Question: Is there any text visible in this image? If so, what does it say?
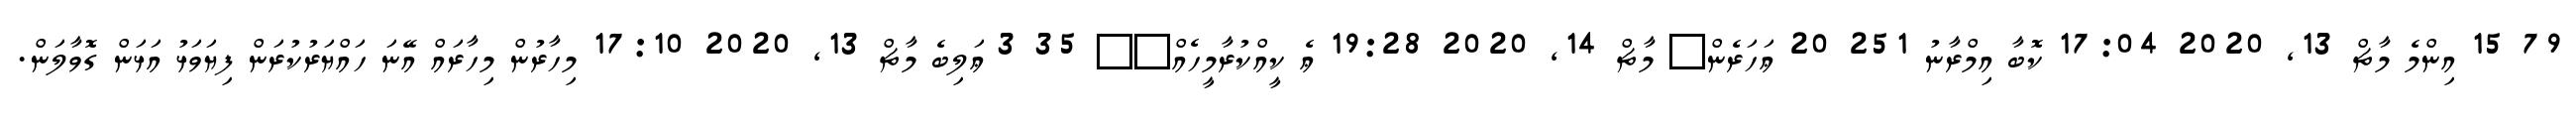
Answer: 79 15 އިންމެ މާޗް 13, 2020 17:04 ކޮބާ އިމްރާނު 251 20 ޢަހަރެން? މާޗް 14, 2020 19:28 ޢެ ކީއްކުރާމީހެއް?? 35 3 ޢަލިބެ މާޗް 13, 2020 17:10 މިހާރުން މިހާރައް އޭނަ ހައްޔަރުކުރަން ފިޔަވަޅު އަޅަން ގޮވާލަން.